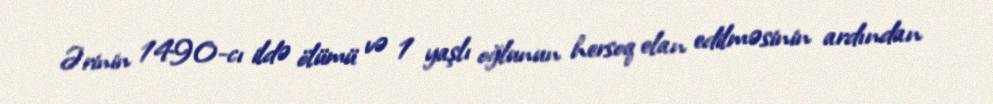
Ərinin 1490-cı ildə ölümü və 1 yaşlı oğlunun hersoq elan edilməsinin ardından